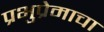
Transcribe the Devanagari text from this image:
प्रभुप्रेमाचा